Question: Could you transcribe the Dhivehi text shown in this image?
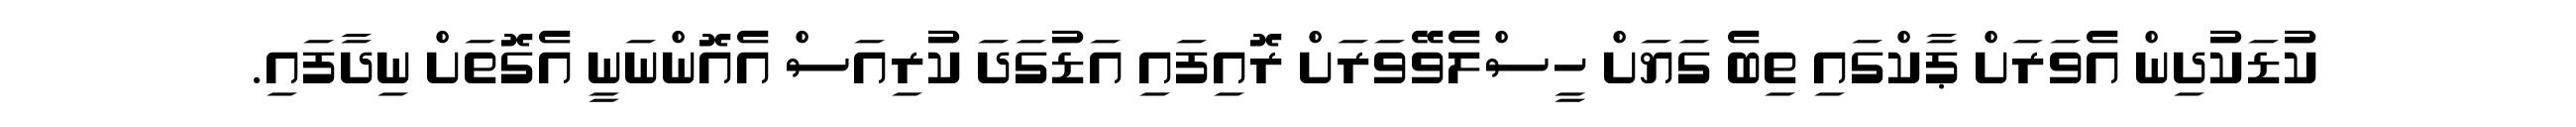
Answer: ކުޑަކުދިން އެވަރަށް ޕާކްގައި ތިބެ ގަޔަށް ހީސްލެވޭވަރަށް ރޮއިފައި އަޑުގަދަ ކުރިއަސް އެއޮންނަނީ އެގޮތަށް ނިދާފައި.